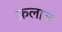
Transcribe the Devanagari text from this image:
फ़लाज